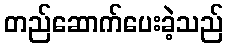
တည်ဆောက်ပေးခဲ့သည်